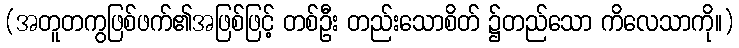
(အတူတကွဖြစ်ဖက်၏အဖြစ်ဖြင့် တစ်ဦး တည်းသောစိတ် ၌တည်သော ကိလေသာကို။)